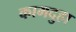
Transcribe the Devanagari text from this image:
कामदुहा